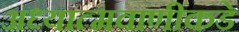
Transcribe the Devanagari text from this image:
अध्यात्मवाणीकडे